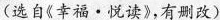
(选自《幸福 · 悦读》，有删改)